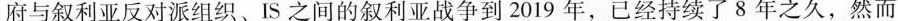
府与叙利亚反对派组织、IS之间的叙利亚战争到2019年，已经持续了8年之久，然而